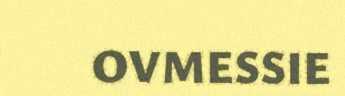
OVMESSIE